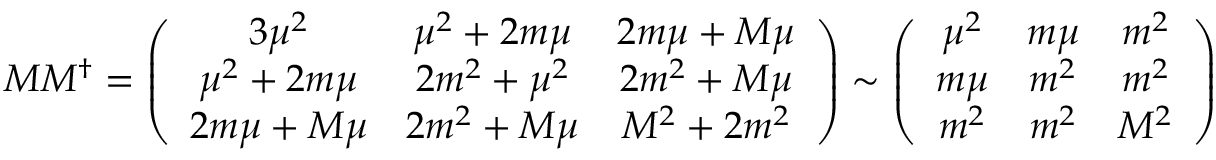
M M ^ { \dag } = \left( \begin{array} { c c c } { { 3 \mu ^ { 2 } } } & { { \mu ^ { 2 } + 2 m \mu } } & { { 2 m \mu + M \mu } } \\ { { \mu ^ { 2 } + 2 m \mu } } & { { 2 m ^ { 2 } + \mu ^ { 2 } } } & { { 2 m ^ { 2 } + M \mu } } \\ { { 2 m \mu + M \mu } } & { { 2 m ^ { 2 } + M \mu } } & { { M ^ { 2 } + 2 m ^ { 2 } } } \end{array} \right) \sim \left( \begin{array} { c c c } { { \mu ^ { 2 } } } & { { m \mu } } & { { m ^ { 2 } } } \\ { { m \mu } } & { { m ^ { 2 } } } & { { m ^ { 2 } } } \\ { { m ^ { 2 } } } & { { m ^ { 2 } } } & { { M ^ { 2 } } } \end{array} \right)